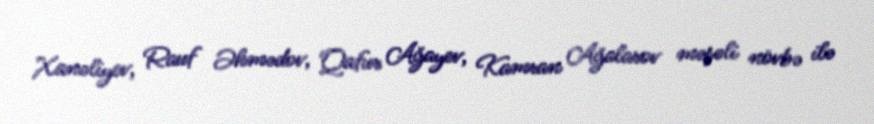
Xanəliyev, Rauf Əhmədov, Qafur Ağayev, Kamran Ağalarov məşəli növbə ilə